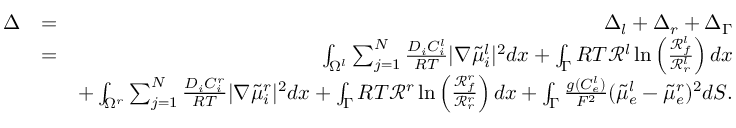
\begin{array} { r l r } { \Delta } & { = } & { \Delta _ { l } + \Delta _ { r } + \Delta _ { \Gamma } } \\ & { = } & { \int _ { \Omega ^ { l } } \sum _ { j = 1 } ^ { N } \frac { D _ { i } C _ { i } ^ { l } } { R T } | \nabla \tilde { \mu } _ { i } ^ { l } | ^ { 2 } d x + \int _ { \Gamma } R T \mathcal { R } ^ { l } \ln \left( \frac { \mathcal { R } _ { f } ^ { l } } { \mathcal { R } _ { r } ^ { l } } \right) d x } \\ & { } & { + \int _ { \Omega ^ { r } } \sum _ { j = 1 } ^ { N } \frac { D _ { i } C _ { i } ^ { r } } { R T } | \nabla \tilde { \mu } _ { i } ^ { r } | ^ { 2 } d x + \int _ { \Gamma } R T \mathcal { R } ^ { r } \ln \left( \frac { \mathcal { R } _ { f } ^ { r } } { \mathcal { R } _ { r } ^ { r } } \right) d x + \int _ { \Gamma } \frac { g ( C _ { e } ^ { l } ) } { F ^ { 2 } } ( \tilde { \mu } _ { e } ^ { l } - \tilde { \mu } _ { e } ^ { r } ) ^ { 2 } d S . } \end{array}